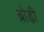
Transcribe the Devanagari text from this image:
ब्रोड़ी